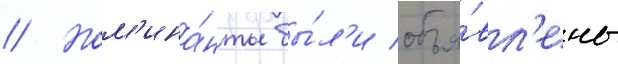
// Ном'ина́нты бы́л'и объя́вл'ены